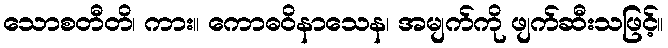
သောစတီတိ၊ ကား။ ကောဓဝိနာသေန၊ အမျက်ကို ဖျက်ဆီးသဖြင့်။